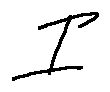
I